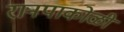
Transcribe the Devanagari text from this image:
रानपाकोळी